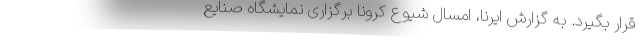
قرار بگیرد. به گزارش ایرنا، امسال شیوع کرونا برگزاری نمایشگاه صنایع